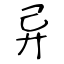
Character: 异